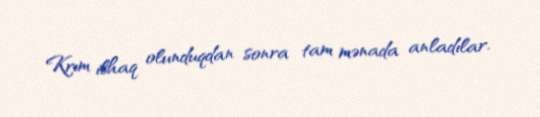
Krım ilhaq olunduqdan sonra tam mənada anladılar.